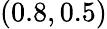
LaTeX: (0.8,0.5)